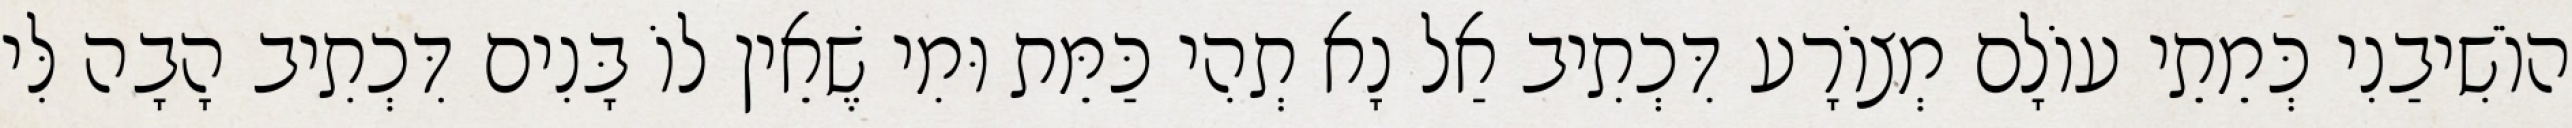
הוֹשִׁיבַנִי כְּמֵתֵי עוֹלָם מְצוֹרָע דִּכְתִיב אַל נָא תְהִי כַּמֵּת וּמִי שֶׁאֵין לוֹ בָּנִים דִּכְתִיב הָבָה לִּי